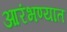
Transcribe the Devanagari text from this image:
आरंभण्यात